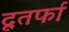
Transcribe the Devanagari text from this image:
दूतर्फा